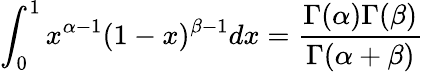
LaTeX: \int_{0}^{1}x^{\alpha-1}(1-x)^{\beta-1}dx={\frac{\Gamma(\alpha)\Gamma(\beta)}{\Gamma(\alpha+\beta)}}